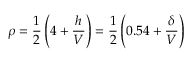
\rho = \frac { 1 } { 2 } \left( 4 + \frac { h } { V } \right) = \frac { 1 } { 2 } \left( 0 . 5 4 + \frac { \delta } { V } \right)